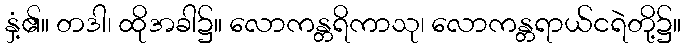
နှံ့၏။ တဒါ၊ ထိုအခါ၌။ လောကန္တရိကာသု၊ လောကန္တရာယ်ငရဲတို့၌။